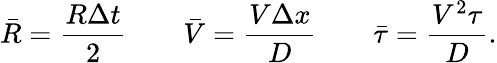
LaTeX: \bar{R}=\frac{R\Delta t}{2}\qquad\bar{V}=\frac{V\Delta x}{D}\qquad\bar{\tau}=\frac{V^{2}\tau}{D}.